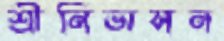
শ্রীনিভাসন